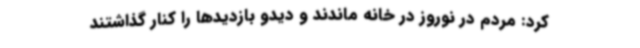
کرد: مردم در نوروز در خانه ماندند و دیدو بازدیدها را کنار گذاشتند